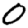
Digit: 0